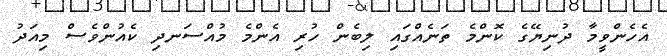
އެހެންވީމާ ދުނިޔޭގެ ކޮންމެ ތަނެއްގައި ލިބެން ހުރި އެންމެ މުއްސަނދި ކެއުންވެސް މިއަދު